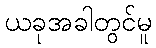
ယခုအခါတွင်မူ